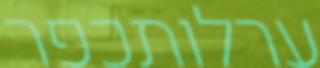
ערלותכפר